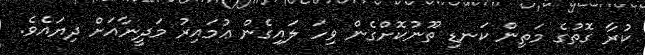
ކުރާ ގޮތުގެ މަތިން ކަނޑި ތޫނުކޮށްގެން ވިހަ ލައިގެން ޢުމައިރު މަދީނާއަށް ދިޔައެވެ.